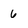
Character: 6